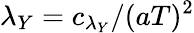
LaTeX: \lambda_{Y}=c_{\lambda_{Y}}/(aT)^{2}